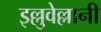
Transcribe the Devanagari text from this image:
इल्लुवेल्लानी